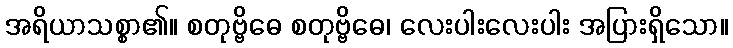
အရိယာသစ္စာ၏။ စတုဗ္ဗိဓေ စတုဗ္ဗိဓေ၊ လေးပါးလေးပါး အပြားရှိသော။